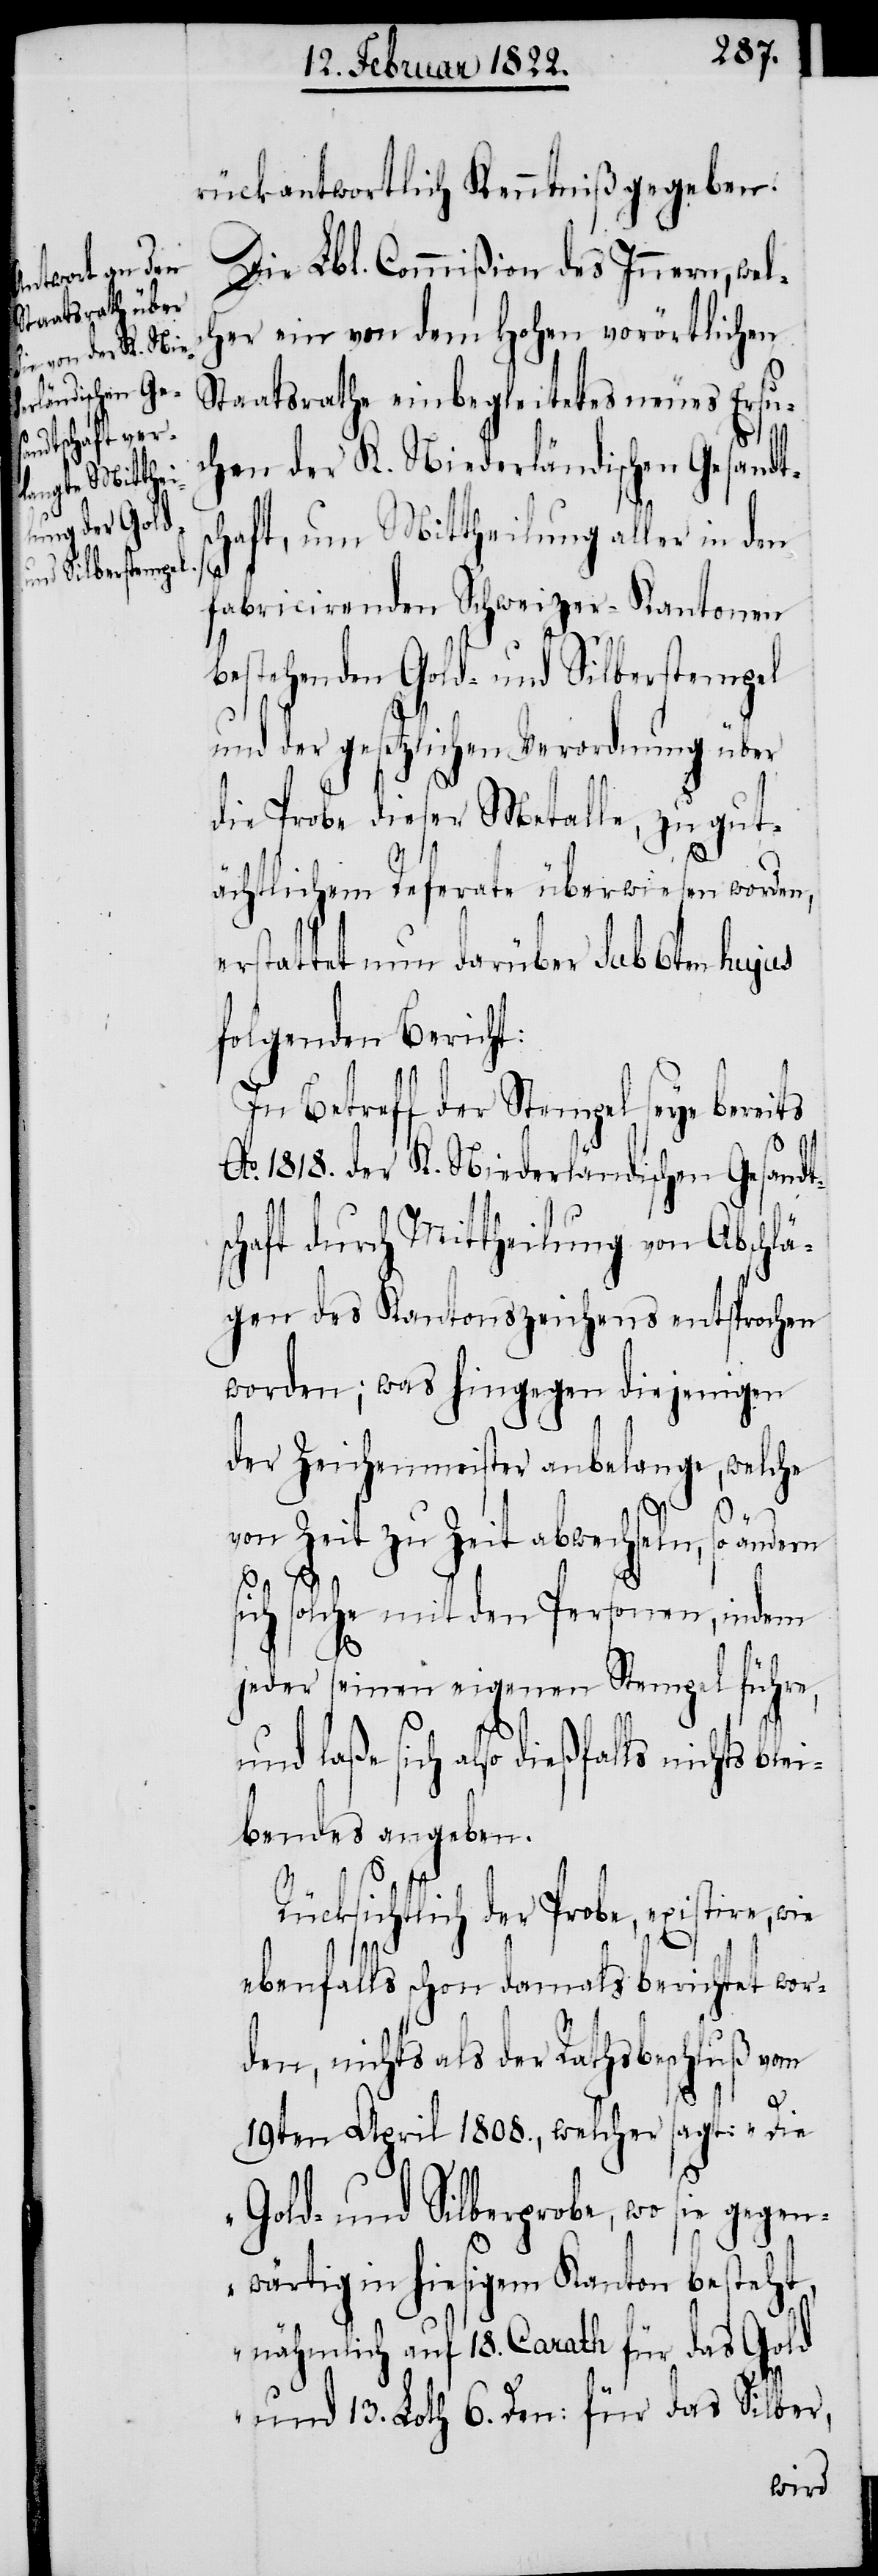
rückantwortlich Kenntniß gegeben.
Die Lbl. Commißion des Innern, wel¬
her ein von dem hohen vorörtlichen
Staatsrathe einbegleitetes neues Ersu¬
chen der K. Niederländischen Gesandt¬
schaft, um Mittheilung aller in den
fabricirenden Schweizer-Kantonen
bestehenden Gold- und Silberstempel
und der gesetzlichen Verordnung über
die Probe dieser Metalle, zu gut¬
ächtlichem Referate überwiesen worden,
erstattet nun darüber sub 6ten hujus
folgenden Bericht:
In Betreff der Stempel seye bereits
Ao. 1818. der K. Niederländischen Gesandt¬
schaft durch Mittheilung von Abschlä¬
gen des Kantonszeichens entsprochen
worden; was hingegen diejenigen
Zeichenmeister anbelange, welche
R¬
von Zeit zu Zeit abwechseln, so ändern
sich solche mit den Personen, indem
jeder seinen eigenen Stempel führe,
und laße sich also dießfalls nichts ble¬
ibendes angeben.
ücksichtlich der Probe, existire,
ebenfalls schon damals berichtet wor¬
den nichts als der Rathsbeschluß vom
19ten April 1808., welcher sagt: „Die
Gold- und Silberprobe, wo sie gegen¬
wärtig in hiesigem Kanton besteht,
nähmlich auf 18. Carath für das Gold
und 13. Loth 6. Den: für das Silber,